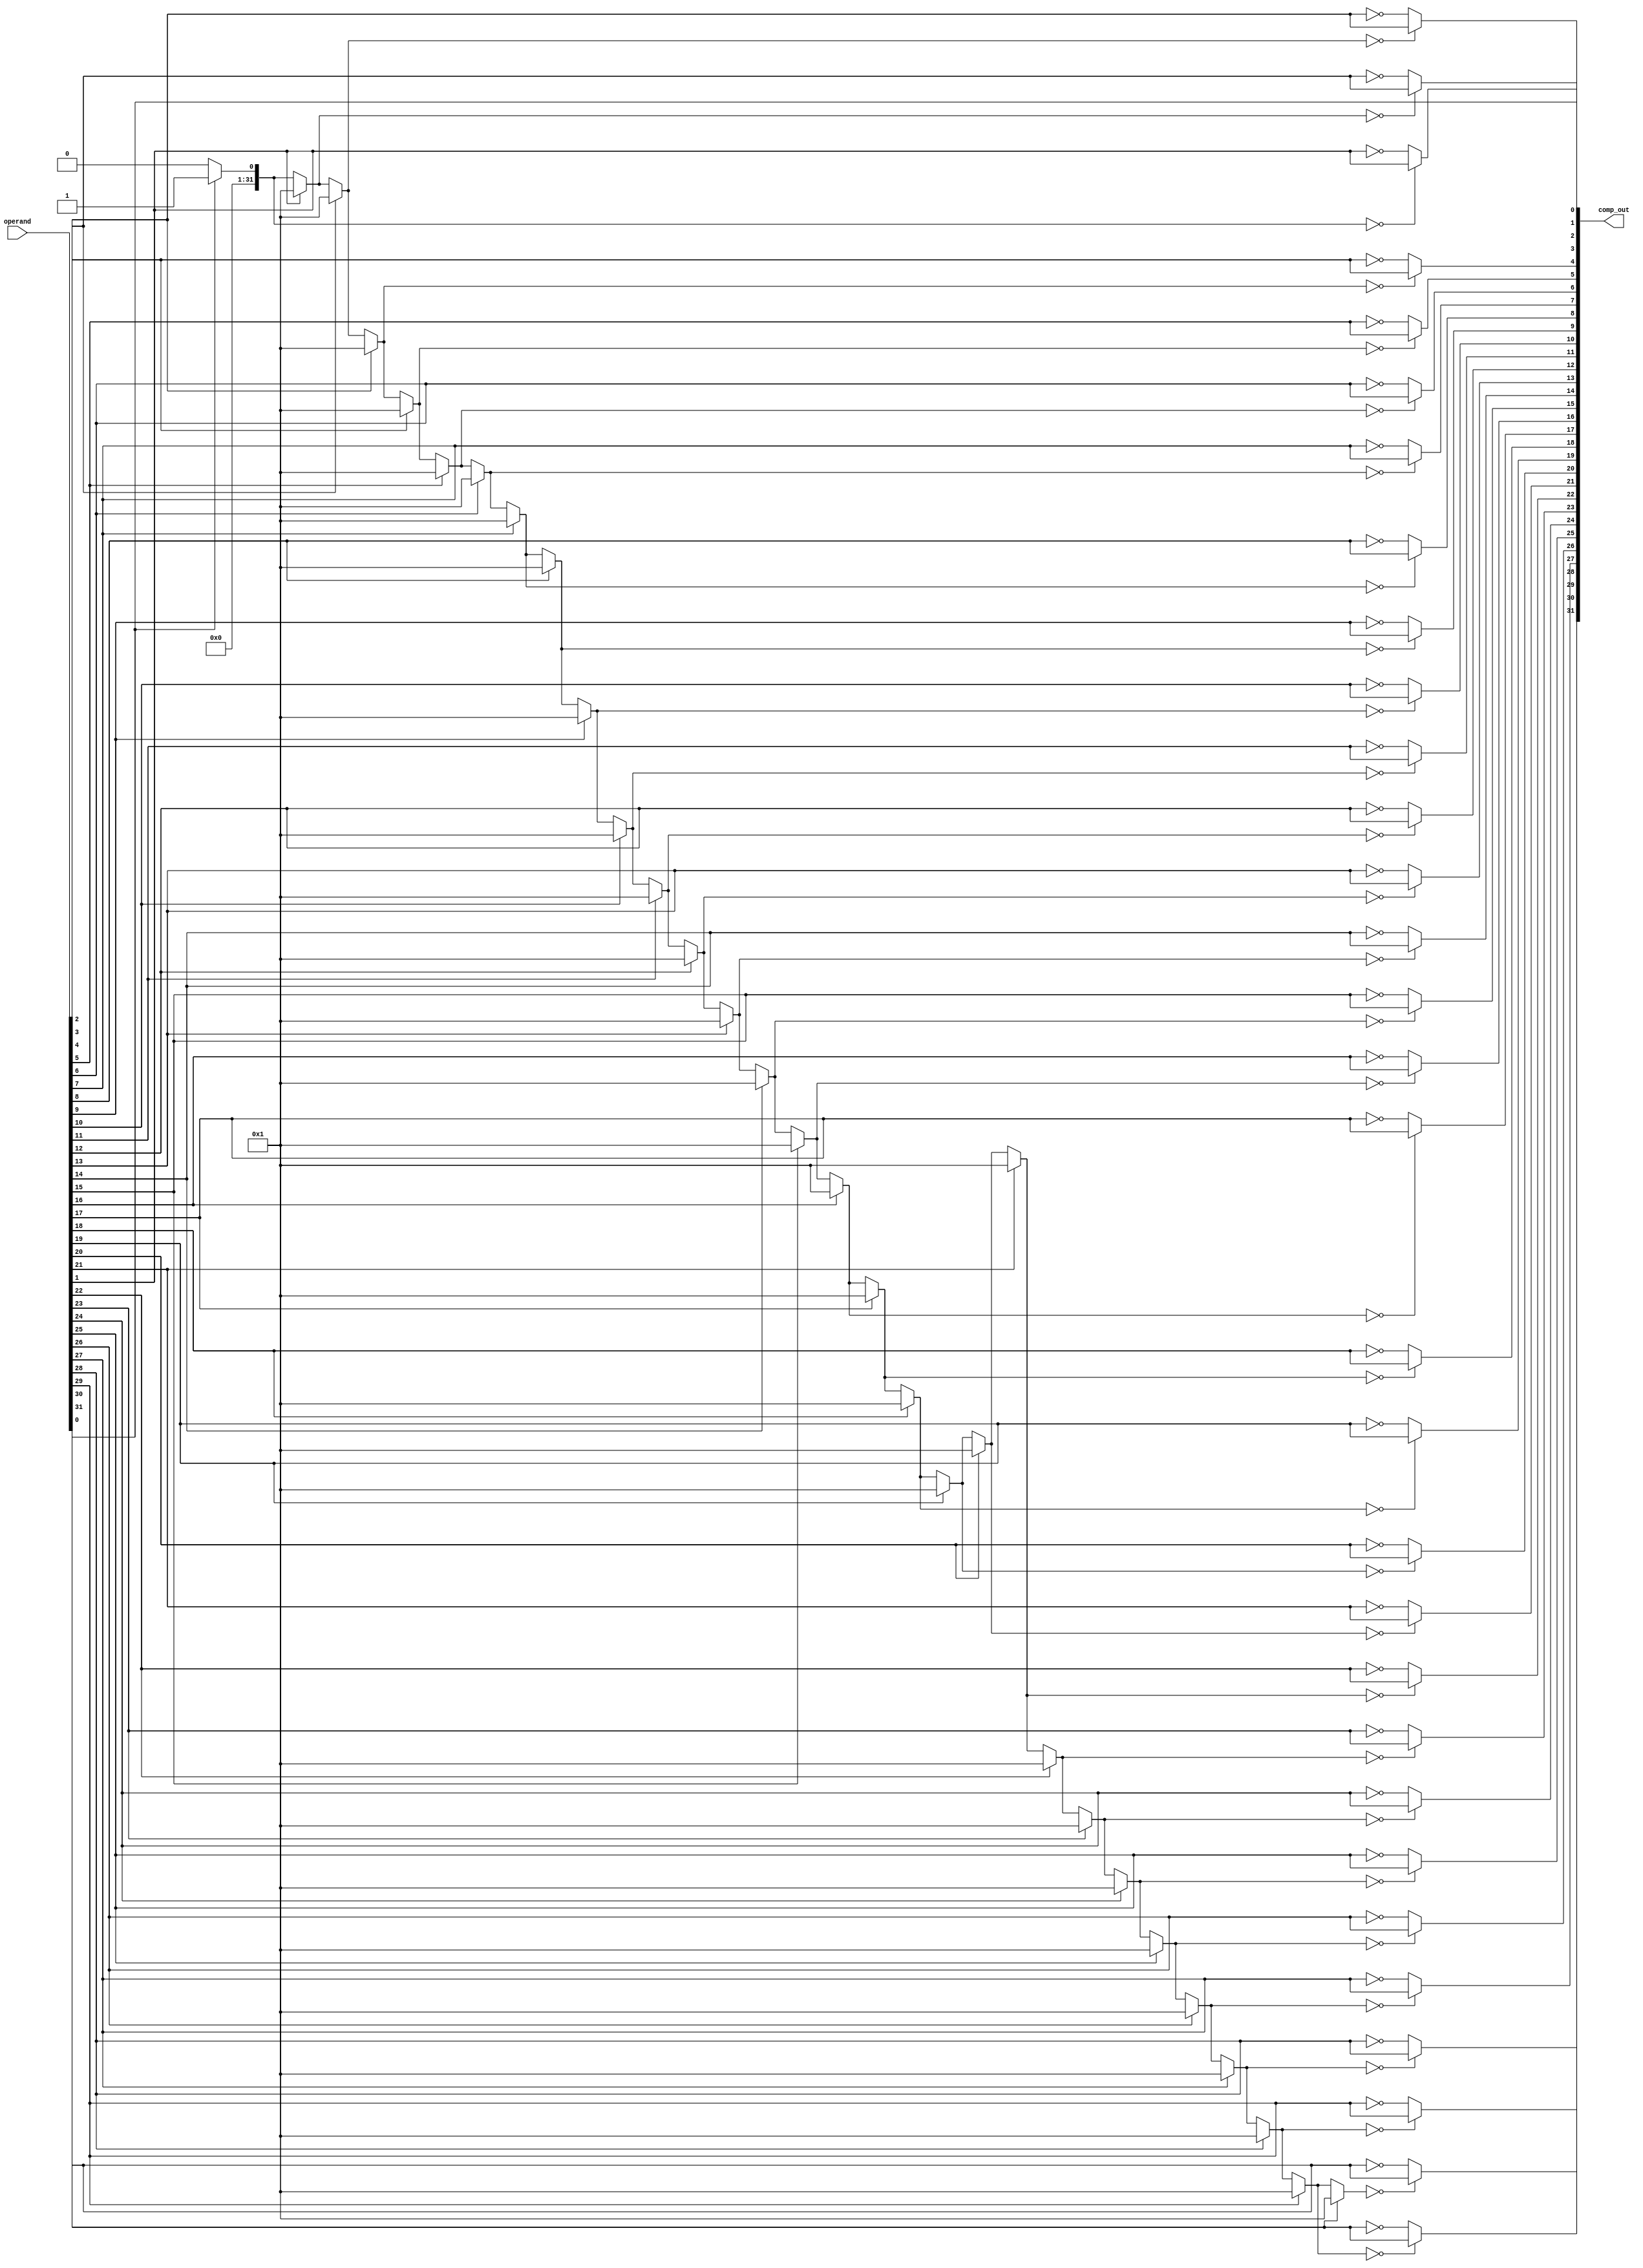
`timescale 1ns / 1ps
//////////////////////////////////////////////////////////////////////////////////
// Company: 
// Engineer: 
// 
// Design Name: 
// Module Name:    Arithmetic_complement 
// Project Name: 
// Target Devices: 
// Tool versions: 
// Description: 
//
// Dependencies: 
//
// Revision: 
// Revision 0.01 - File Created
// Additional Comments: 
//
//////////////////////////////////////////////////////////////////////////////////
module Arithmetic_complement(
    input [31:0] operand,
    output [31:0] comp_out
    );
integer i=0,flag=0;
reg[31:0] comp2;


always @(*)
begin
for(i=0;i<32;i=i+1)
begin
if(flag==0)
comp2[i]=operand[i];
else
comp2[i]=~operand[i];

if(operand[i]==1) flag=1;
end
flag=0;
end
assign comp_out=comp2;

endmodule